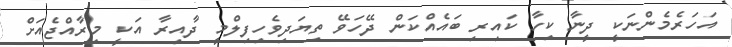
އަހަރެމެންނަކީ ދީނާ ކިހާ ކައިރި ބައެއްކަން ދޭހަވޭ ތިޔަދިވެހިފިލްމީ ދާއިރާ އަކީ މިރާއްޖެއަށް